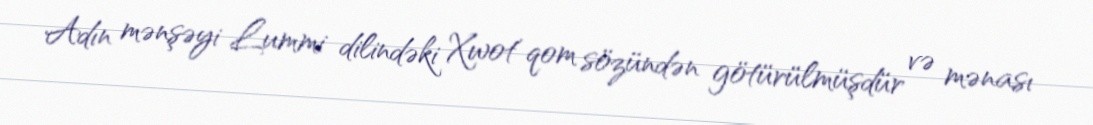
Adın mənşəyi Lummi dilindəki Xwotʼqom sözündən götürülmüşdür və mənası